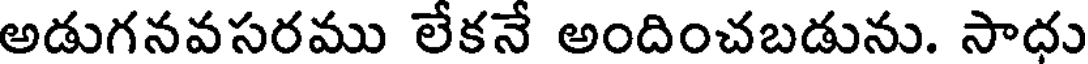
అడుగనవసరము లేకనే అందించబడును. సాధు